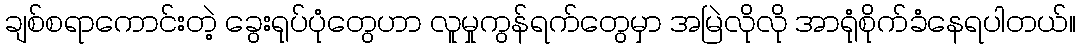
ချစ်စရာကောင်းတဲ့ ခွေးရုပ်ပုံတွေဟာ လူမှုကွန်ရက်တွေမှာ အမြဲလိုလို အာရုံစိုက်ခံနေရပါတယ်။